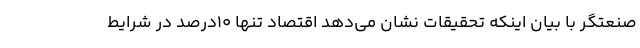
صنعتگر با بیان اینکه تحقیقات نشان می‌دهد اقتصاد تنها ۱۰درصد در شرایط